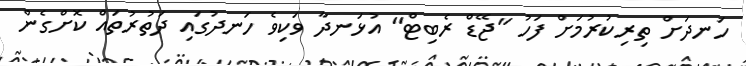
ހަނދަށް ތިރިކުރުމަށް ފަހު "ޖޭޑް ރެބިޓް" އުޅަނދާ ވަކިވެ ހަނދުގައި ދަތުރުތައް ކޮށްގެން